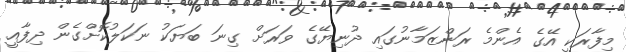
މިފާރަކީ އޭގެ އެންމެ ރަންޒަމާނުގައި ދުނިޔޭގެ ވަރަށް ގިނަ ބަޔަކު ނަކަލުކޮށްގެން ދިފާއީ